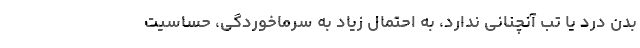
بدن درد یا تب آنچنانی ندارد، به احتمال زیاد به سرماخوردگی، حساسیت